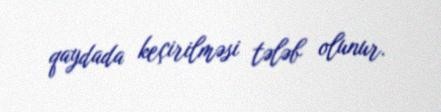
qaydada keçirilməsi tələb olunur.